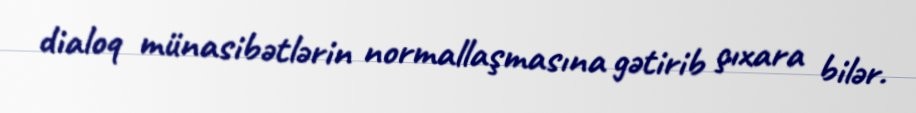
dialoq münasibətlərin normallaşmasına gətirib çıxara bilər.